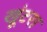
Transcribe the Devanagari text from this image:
खूंटरा